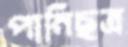
পানিছত্র